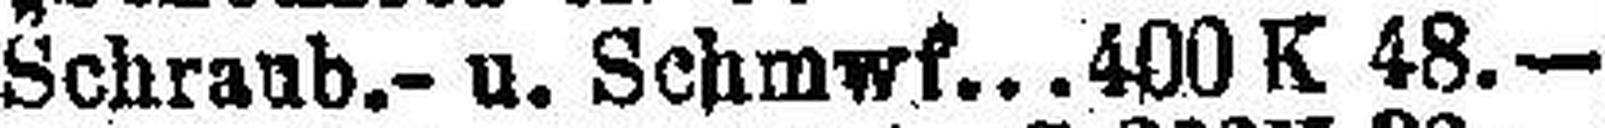
Schraub.- u. Schmwf. 400 K 48.—